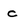
Character: c